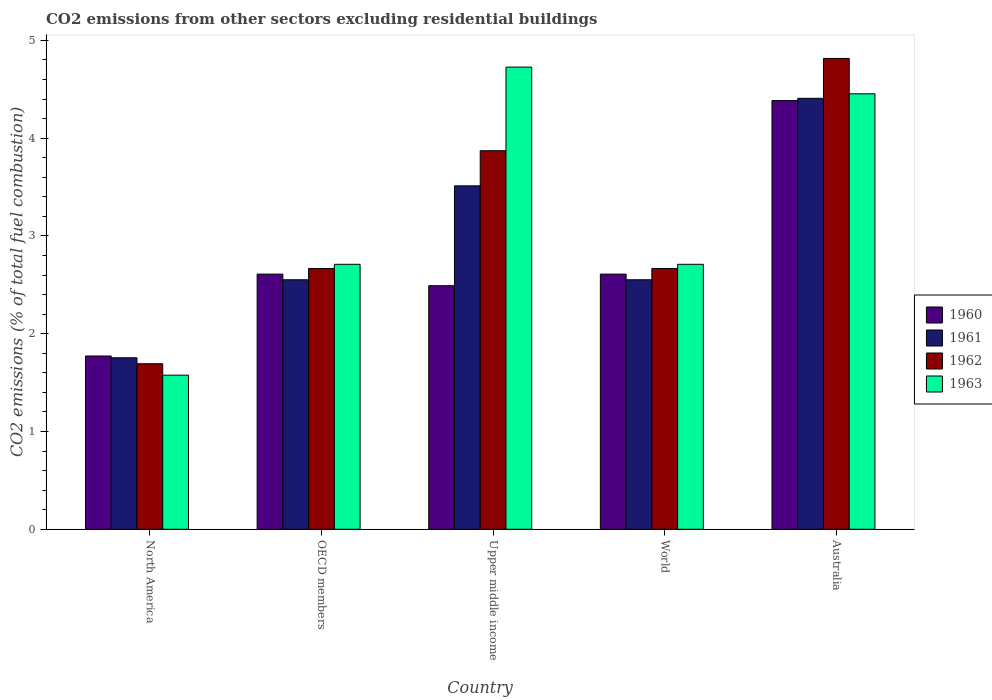
| Country | 1960 | 1961 | 1962 | 1963 |
 | --- | --- | --- | --- | --- |
 | North America | 1.77 | 1.75 | 1.69 | 1.58 |
 | OECD members | 2.61 | 2.55 | 2.67 | 2.71 |
 | Upper middle income | 2.49 | 3.51 | 3.87 | 4.73 |
 | World | 2.61 | 2.55 | 2.67 | 2.71 |
 | Australia | 4.38 | 4.41 | 4.82 | 4.45 |